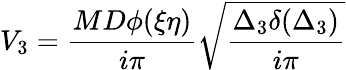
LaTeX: V_{3}=\frac{MD\phi(\xi\eta)}{i\pi}{\sqrt{\frac{\Delta_{3}\delta(\Delta_{3})}{i\pi}}}